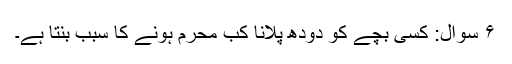
۶ سوال: کسی بچے کو دودھ پلانا کب محرم ہونے کا سبب بنتا ہے۔